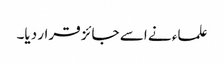
علماء نے اسے جائز قرار دیا۔